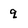
Character: q